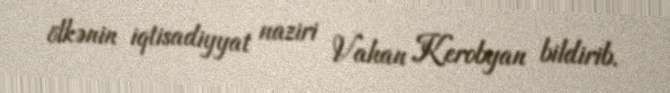
ölkənin iqtisadiyyat naziri Vahan Kerobyan bildirib.